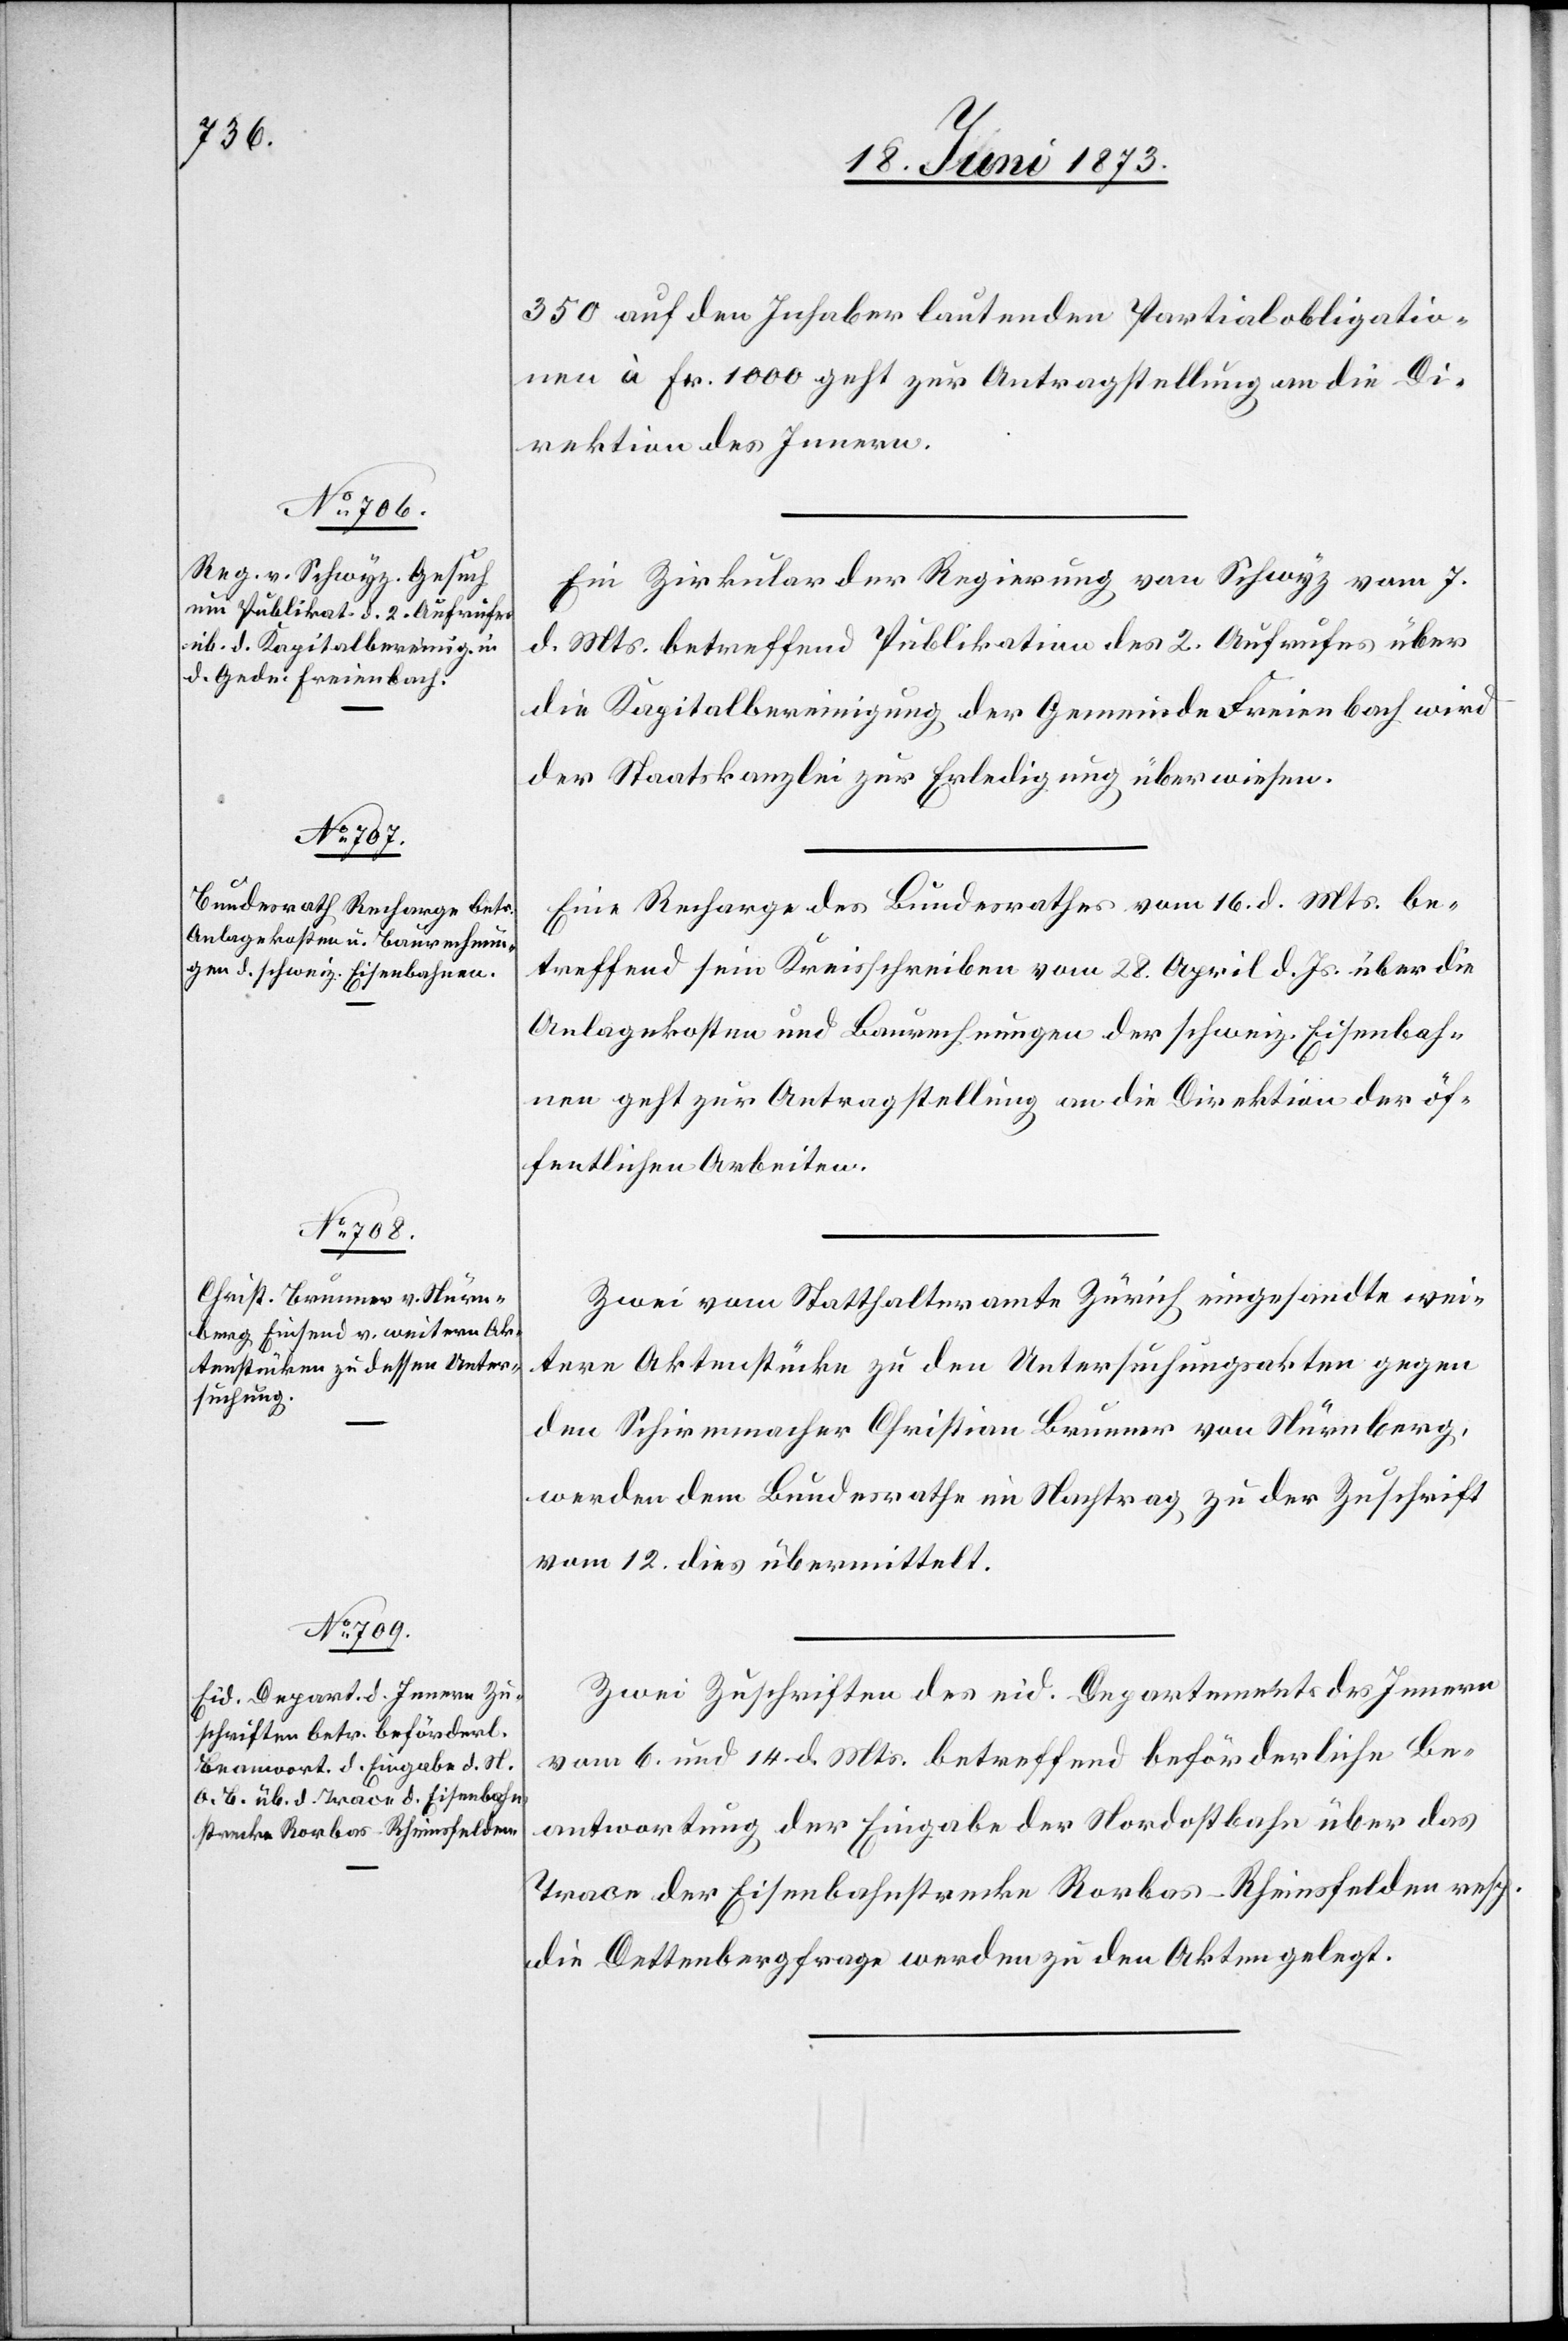
18. Juni 1873.]
350 auf den Inhaber lautenden Partialobligatio¬
nen à Fr. 1 000 geht zur Antragstellung an die Di¬
rektion des Innern.
Ein Zirkular der Regierung von Schwyz vom 7.
d. Mts. betreffend Publikation des 2. Aufrufes über
die Kapitalbereinigung der Gemeinde Freienbach wird
der Staatskanzlei zur Erledigung überwiesen.
Eine Recharge des Bundesrathes vom 16. d. Mts. be¬
treffend sein Kreisschreiben vom 28. April d. Js. über die
Anlagekosten und Baurechnungen der schweiz. Eisenbah¬
nen geht zur Antragstellung an die Direktion der öf¬
fentlichen Arbeiten.
Zwei vom Statthalteramte Zürich eingesandte wei¬
tere Aktenstücke zu den Untersuchungsakten gegen
den Schirmmacher Christian Brunner von Nürnberg,
werden dem Bundesrathe im Nachtrag zu der Zuschrift
vom 12. dies übermittelt.
Zwei Zuschriften des eid. Departements des Innern
vom 6. und 14. d. Mts. betreffend beförderliche Be¬
antwortung der Eingabe der Nordostbahn über das
Trace der Eisenbahnstrecke Rorbas–Rheinsfelden resp.
die Dettenbergfrage werden zu den Akten gelegt.